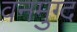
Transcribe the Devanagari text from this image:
वनमुग्द